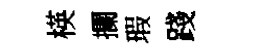
楧攔瑕踐